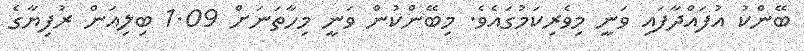
ބޭންކު އުފައްދާފައި ވަނީ މިވެރިކަމުގައެވެ. މިބޭންކުން ވަނީ މިހާތަނަށް 1.09 ބިލިއަން ރުފިޔާގެ